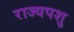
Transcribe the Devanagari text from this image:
राज्यपशु